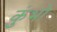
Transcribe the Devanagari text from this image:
कुंभो